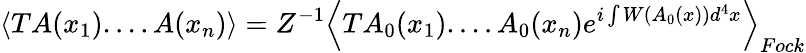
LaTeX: \left\langle TA(x_{1})....A(x_{n})\right\rangle=Z^{-1}\left\langle TA_{0}(x_{1})....A_{0}(x_{n})e^{i\int W(A_{0}(x))d^{4}x}\right\rangle_{Fock}